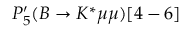
P _ { 5 } ^ { \prime } ( B \to K ^ { * } \mu \mu ) [ 4 - 6 ]